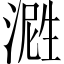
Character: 𬈤